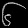
Digit: ၆